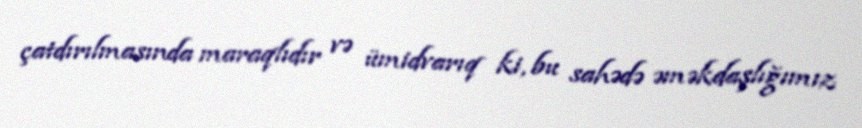
çatdırılmasında maraqlıdır və ümidvarıq ki, bu sahədə əməkdaşlığımız